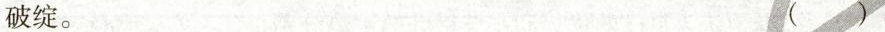
破绽。( )